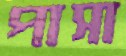
পাসা